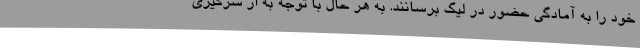
خود را به آمادگی حضور در لیگ برسانند. به هر حال با توجه به از سرگیری